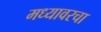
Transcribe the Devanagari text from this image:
मध्यावरचा